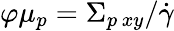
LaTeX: \varphi\mu_{p}=\Sigma_{p\, xy}/\dot{\gamma}